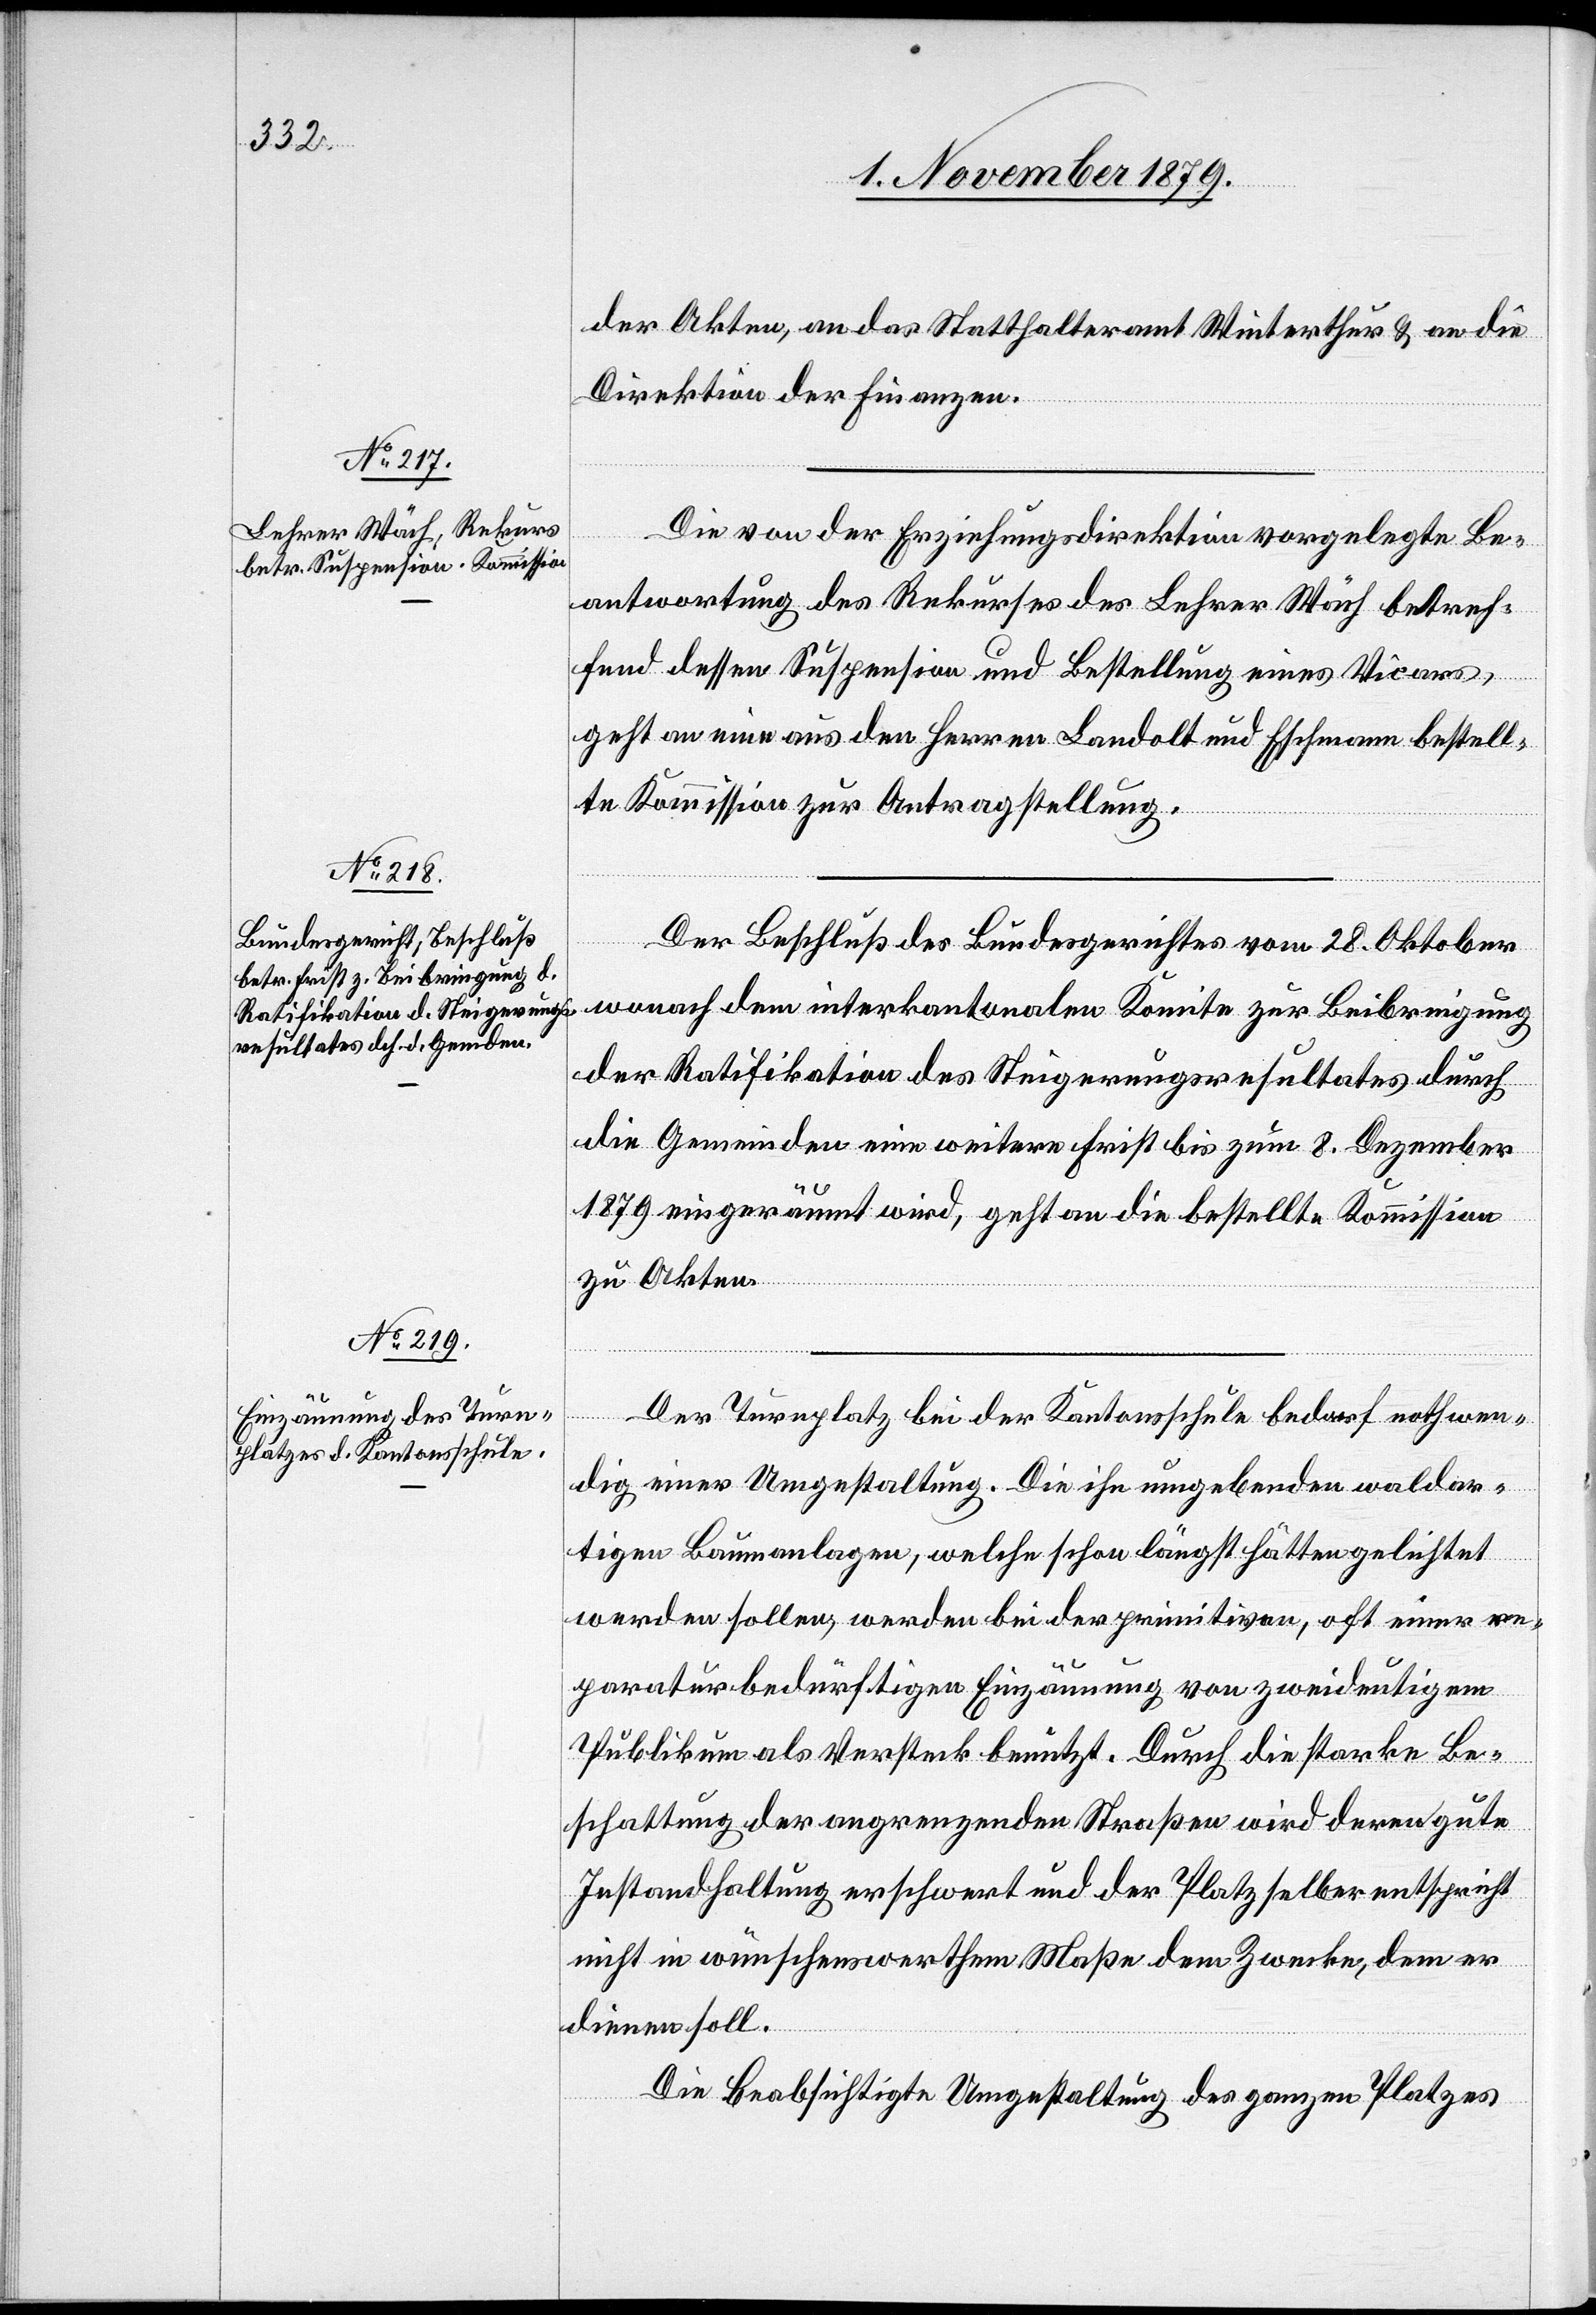
der Akten, an das Statthalteramt Winterthur & an die
Direktion der Finanzen.
Die von der Erziehungsdirektion vorgelegte Be¬
antwortung des Rekurses des Lehrer Wäch betref¬
fend dessen Suspension und Bestellung eines Vicars,
geht an eine aus den Herren Landolt und Eschmann bestell¬
te Kommission zur Antragstellung.
Der Beschluß des Bundesgerichtes vom 28. Oktober
wonach dem interkantonalen Komitee zur Beibringung
der Ratifikation des Steigerungsresultates durch
die Gemeinden eine weitere Frist bis zum 8. Dezember
1879 eingeräumt wird, geht an die bestellte Kommission
zu Akten.
Der Turnplatz bei der Kantonsschule bedarf nothwen¬
dig einer Umgestaltung. Die ihn umgebenden waldar¬
tigen Baumanlagen, welche schon längst hätten gelichtet
werden sollen, werden bei der primitiven, oft einer Re¬
paratur bedürftigen Einzäunung von zweideutigem
Publikum als Versteck benutzt. Durch die starke Be¬
schattung der angrenzenden Straßen wird deren gute
Instandhaltung erschwert und der Platz selber entspricht
nicht in wünschenswerthem Maße dem Zwecke, dem er
dienen soll.
Die beabsichtigte Umgestaltung des ganzen Platzes